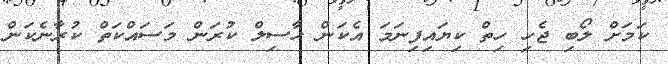
ކަމަށް ލޯބި ޖެހި ހިތް ކިޔައިފިނަމަ އެކަން ހާސިލް ކުރަން މަސައްކަތް ކުރާނެކަން